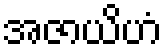
အဇာယိဟံ